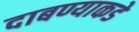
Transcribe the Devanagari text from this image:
दाबण्याकडे